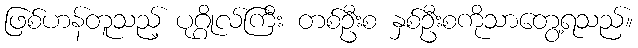
ဖြစ်ဟန်တူသည့် ပုဂ္ဂိုလ်ကြီး တစ်ဦးစ နှစ်ဦးစကိုသာတွေ့ရသည်။